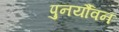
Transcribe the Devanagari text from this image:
पुनर्यौवन